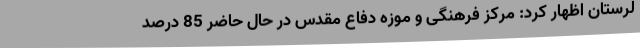
لرستان اظهار کرد: مرکز فرهنگی و موزه دفاع مقدس در حال حاضر 85 درصد